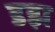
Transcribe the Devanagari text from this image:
डझ